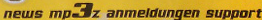
news mp3z anmeidungen support